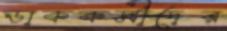
ডাককর্মীদের